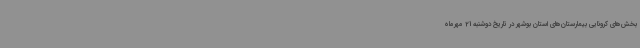
بخش‌های کرونایی بیمارستان‌های استان بوشهر در تاریخ دوشنبه 21 مهرماه